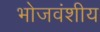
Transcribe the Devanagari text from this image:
भोजवंशीय